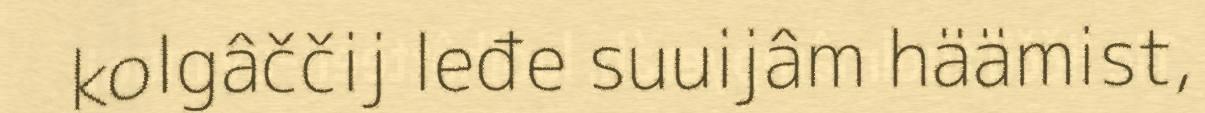
kolgâččij leđe suuijâm häämist,